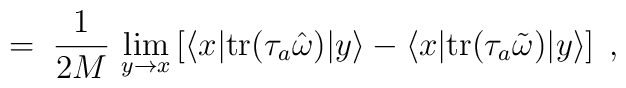
= \; \frac{1}{2 M} \, \lim_{y \to x} \left[ \langle x | {\rm tr}(\tau_a {\hat \omega} ) | y \rangle - \langle x | {\rm tr} ( \tau_a {\tilde\omega} ) | y \rangle \right] \;,